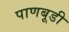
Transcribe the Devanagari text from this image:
पाणबूडी